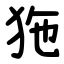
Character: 狏